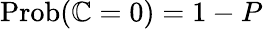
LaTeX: \operatorname{Prob}(\mathbb{C}=0)=1-P